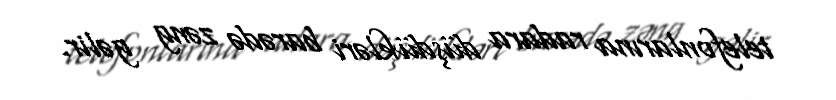
telefonlarına radara düşdükləri barədə zəng gəlir.